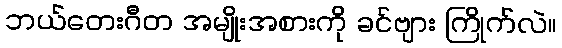
ဘယ်တေးဂီတ အမျိုးအစားကို ခင်ဗျား ကြိုက်လဲ။